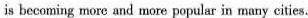
is becoming more and more popular in many cities.